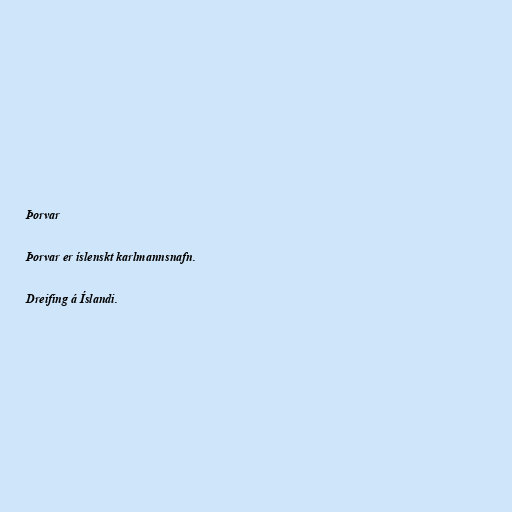
Þorvar

Þorvar er íslenskt karlmannsnafn.

Dreifing á Íslandi.